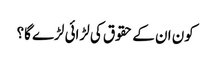
کون ان کے حقوق کی لڑائی لڑے گا؟